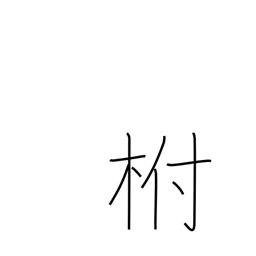
Meaning: calyx